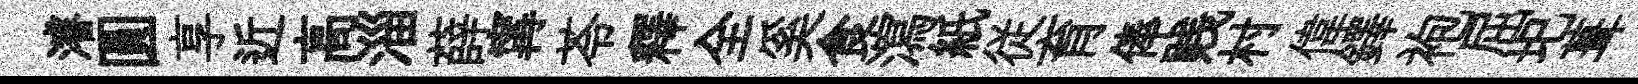
濬圓享近高淄薛𡩋苓釋全奚食瀉紙従育俸贱村偉鐸袍屈圯葺